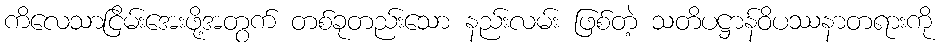
ကိလေသာငြိမ်းအေးဖို့အတွက် တစ်ခုတည်းသော နည်းလမ်း ဖြစ်တဲ့ သတိပဋ္ဌာန်ဝိပဿနာတရားကို